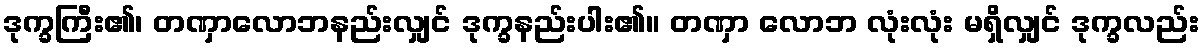
ဒုက္ခကြီး၏၊ တဏှာလောဘနည်းလျှင် ဒုက္ခနည်းပါး၏။ တဏှာ လောဘ လုံးလုံး မရှိလျှင် ဒုက္ခလည်း